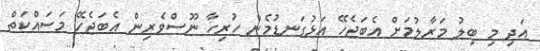
އަދި މި ބިލު މަރާލުމަށް އެބަޖެހޭ އަޅުގަނޑުމެން ހުރިހާ ނޫސްވެރިން އެބަޖެހޭ މަސައްކަތް